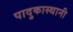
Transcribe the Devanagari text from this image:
पादुकास्थानी